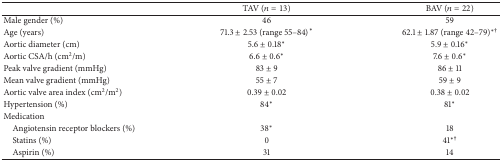
<table><thead><tr><td><b> </b></td><td><b>TAV (<i>n</i> = 13)</b></td><td><b>BAV (<i>n</i> = 22)</b></td></tr></thead><tbody><tr><td>Male gender (%)</td><td>46</td><td>59</td></tr><tr><td>Age (years)</td><td>71.3 ± 2.53 (range 55–84)<sup><i>∗</i></sup></td><td>62.1 ± 1.87 (range 42–79)<sup><i>∗</i>†</sup></td></tr><tr><td>Aortic diameter (cm)</td><td>5.6 ± 0.18<sup><i>∗</i></sup></td><td>5.9 ± 0.16<sup><i>∗</i></sup></td></tr><tr><td>Aortic CSA/h (cm<sup>2</sup>/m)</td><td>6.6 ± 0.6<sup><i>∗</i></sup></td><td>7.6 ± 0.6<sup><i>∗</i></sup></td></tr><tr><td>Peak valve gradient (mmHg)</td><td>83 ± 9</td><td>86 ± 11</td></tr><tr><td>Mean valve gradient (mmHg)</td><td>55 ± 7</td><td>59 ± 9</td></tr><tr><td>Aortic valve area index (cm<sup>2</sup>/m<sup>2</sup>)</td><td>0.39 ± 0.02</td><td>0.38 ± 0.02</td></tr><tr><td>Hypertension (%)</td><td>84<sup><i>∗</i></sup></td><td>81<sup><i>∗</i></sup></td></tr><tr><td>Medication</td><td> </td><td> </td></tr><tr><td> Angiotensin receptor blockers (%)</td><td>38<sup><i>∗</i></sup></td><td>18</td></tr><tr><td> Statins (%)</td><td>0</td><td>41<sup><i>∗</i>†</sup></td></tr><tr><td> Aspirin (%)</td><td>31</td><td>14</td></tr></tbody></table>